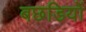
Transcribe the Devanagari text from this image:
बछडियों